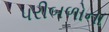
પરીબળોના